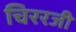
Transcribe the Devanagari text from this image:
चिररजी